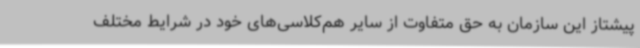
پیشتاز این سازمان به حق متفاوت از سایر هم‌کلاسی‌های خود در شرایط مختلف